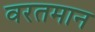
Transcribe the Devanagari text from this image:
वरतमान